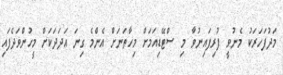
މަދުފަހަރަކު މެނުވީ ފުރިފައިނުވާ މި ސްޓޭޑިއަމަށް މިހާތަނަށް އެންމެ ގިނަ އަދަދަކަށް މީހުންވަދެފައި